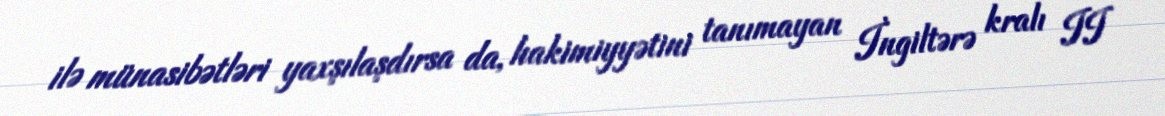
ilə münasibətləri yaxşılaşdırsa da, hakimiyyətini tanımayan İngiltərə kralı II